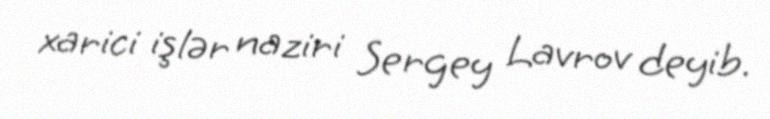
xarici işlər naziri Sergey Lavrov deyib.